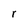
Character: r